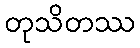
တုသိတဿ